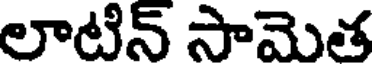
లాటిన్ సామెత